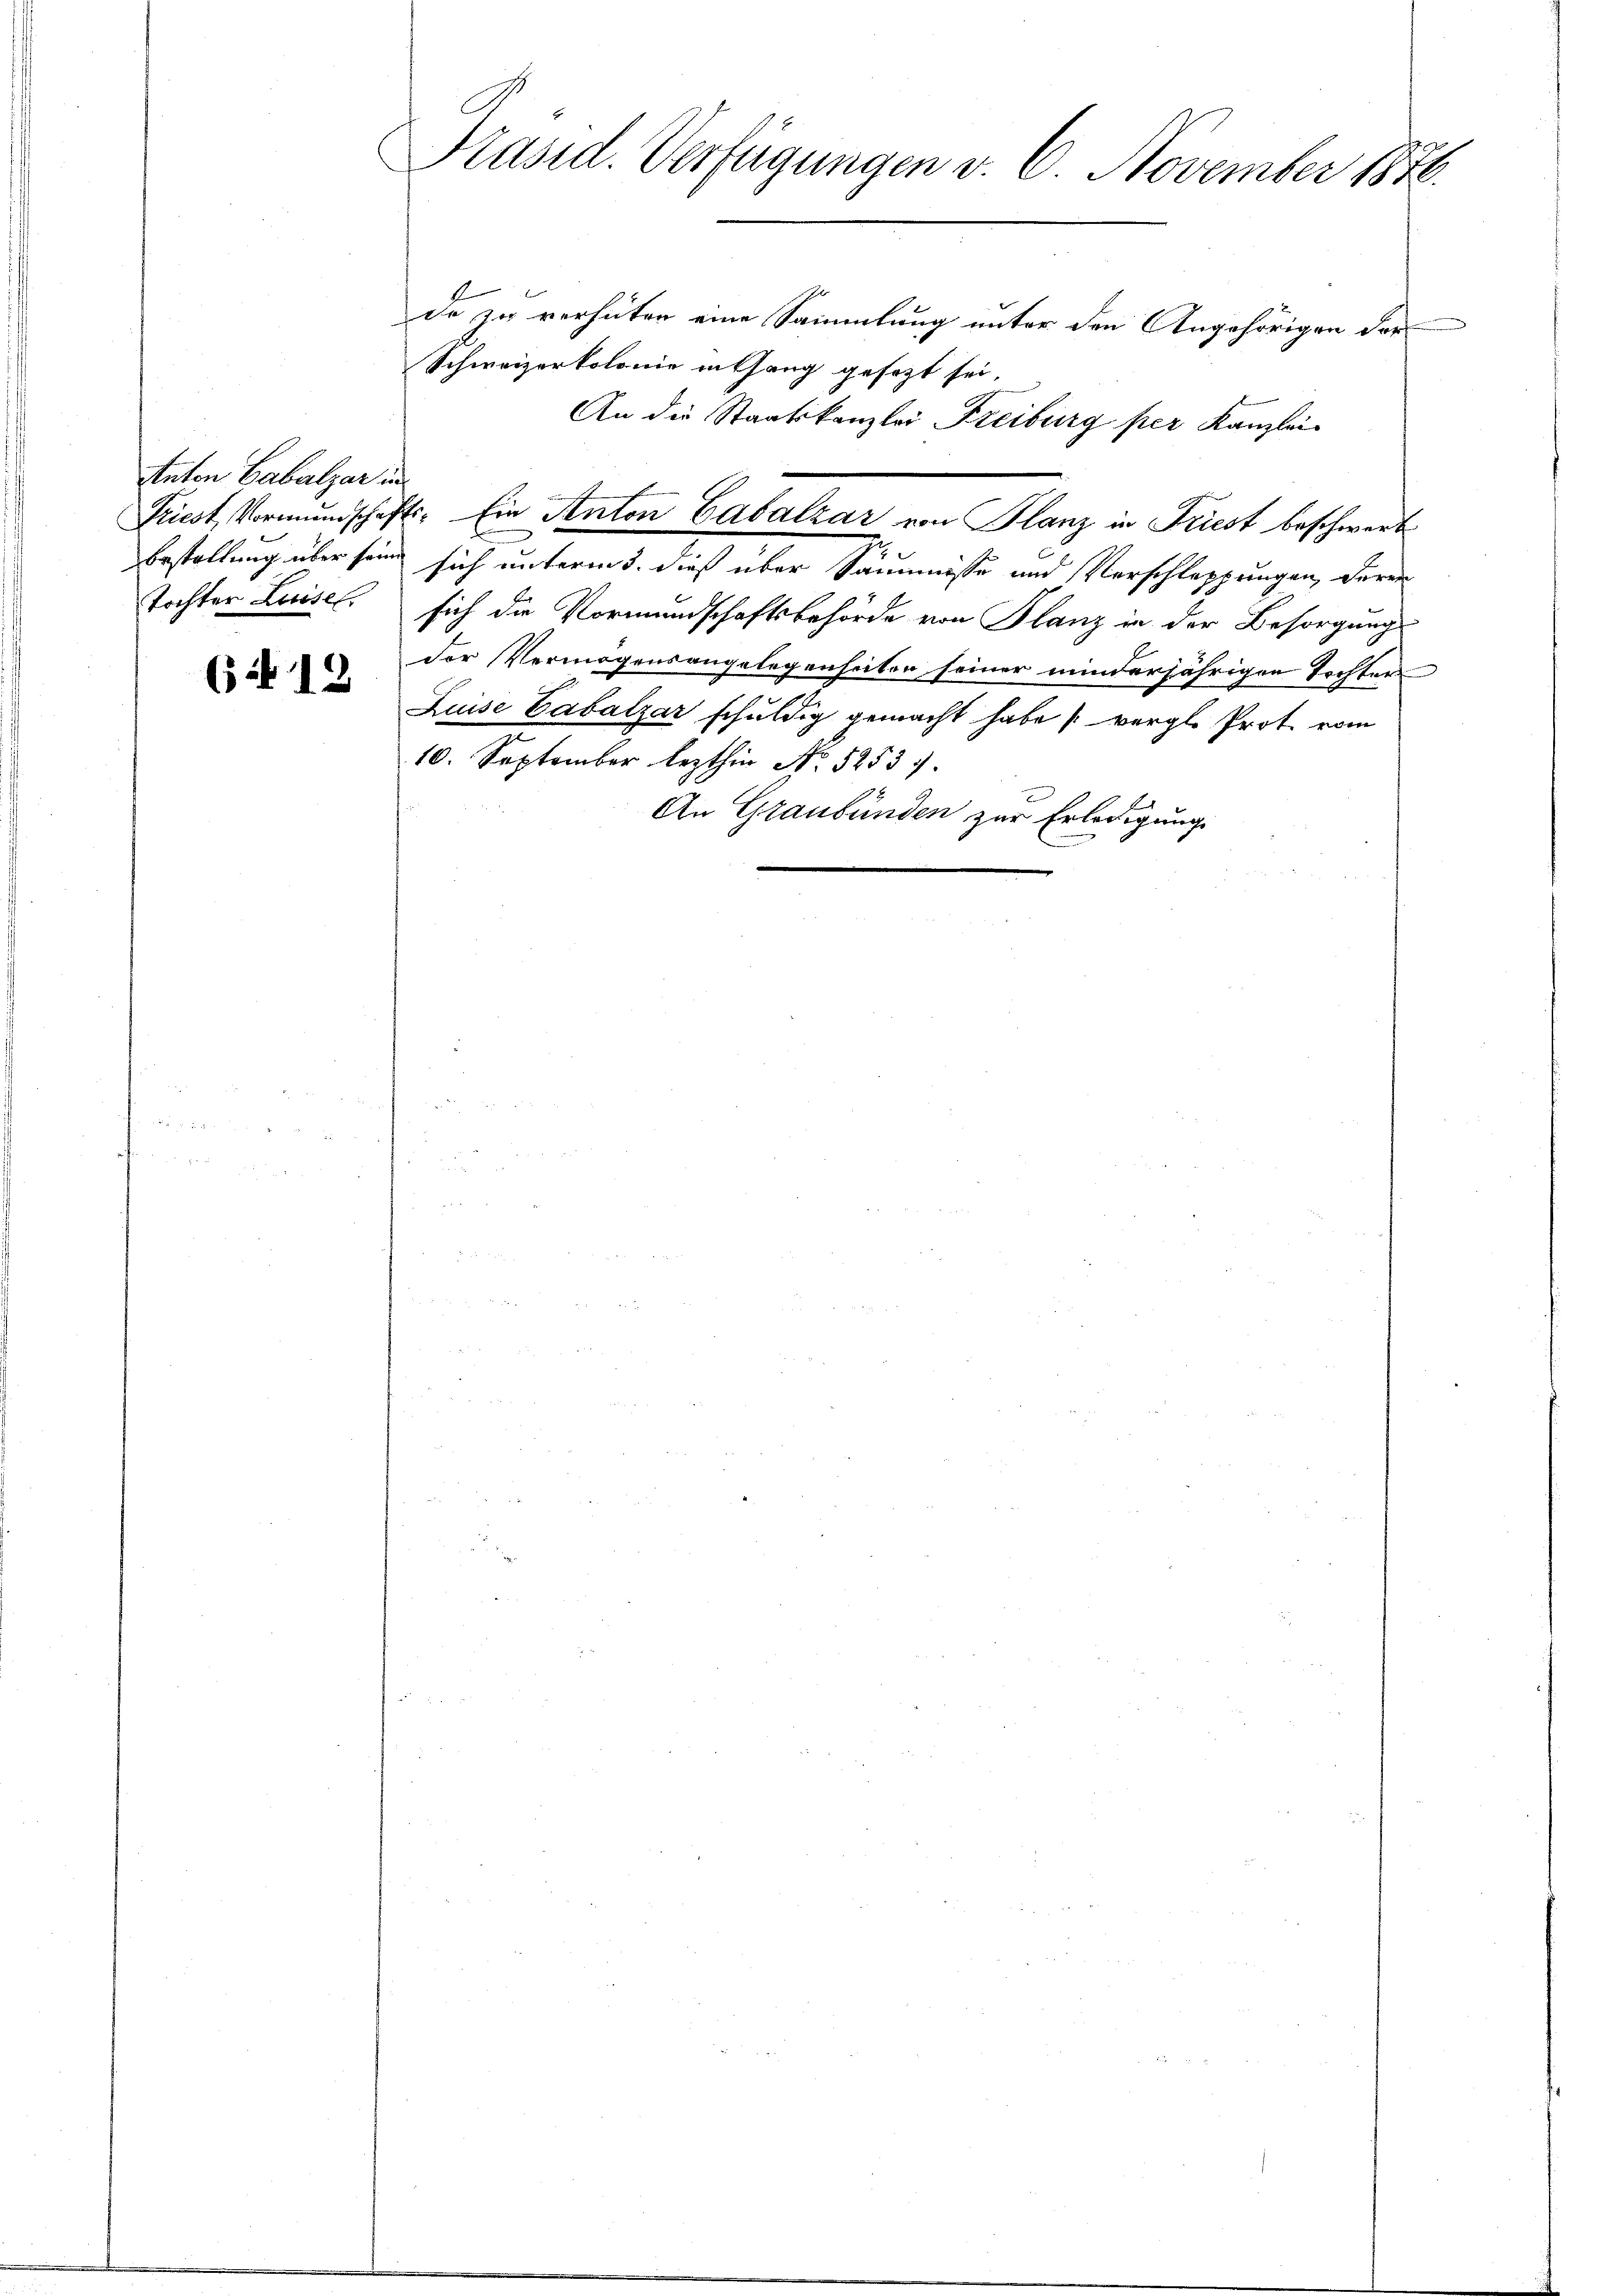
Anton Gabalzar in
Tochter Luisel

(12

Präsid. Verfügungen v. 6. November 1876.
f
Er

de zu verhüten eine Sammlung unter den Angehörigen der
Schweizorkolonie in thang gesezt sei,
bestellung über sein sich unterm 3. dieß über Säumnisse und Verschleppungen, deren
sich die Vormundschaftsbehörde von Flanz in der Besorgungs
Der Vermögensangelegenheiten seiner minderjährigen Tochter
Luise Cabalzar schuldig gemacht habe (vergl. Prot. vom
10. September lezthin No 52537.
An Graubünden zur Erledigung

Priest, Vormundschafts- Ein Anton Gabalzár von Planz in Friest beschwerbe

An die Staatskanzlei Freiburg per Kanzlei-